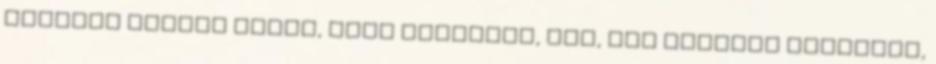
mondjak semmit arról, hogy igazából, nos, nem egyedül dolgozom,